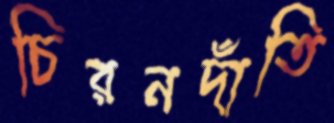
চিরনদাঁতি